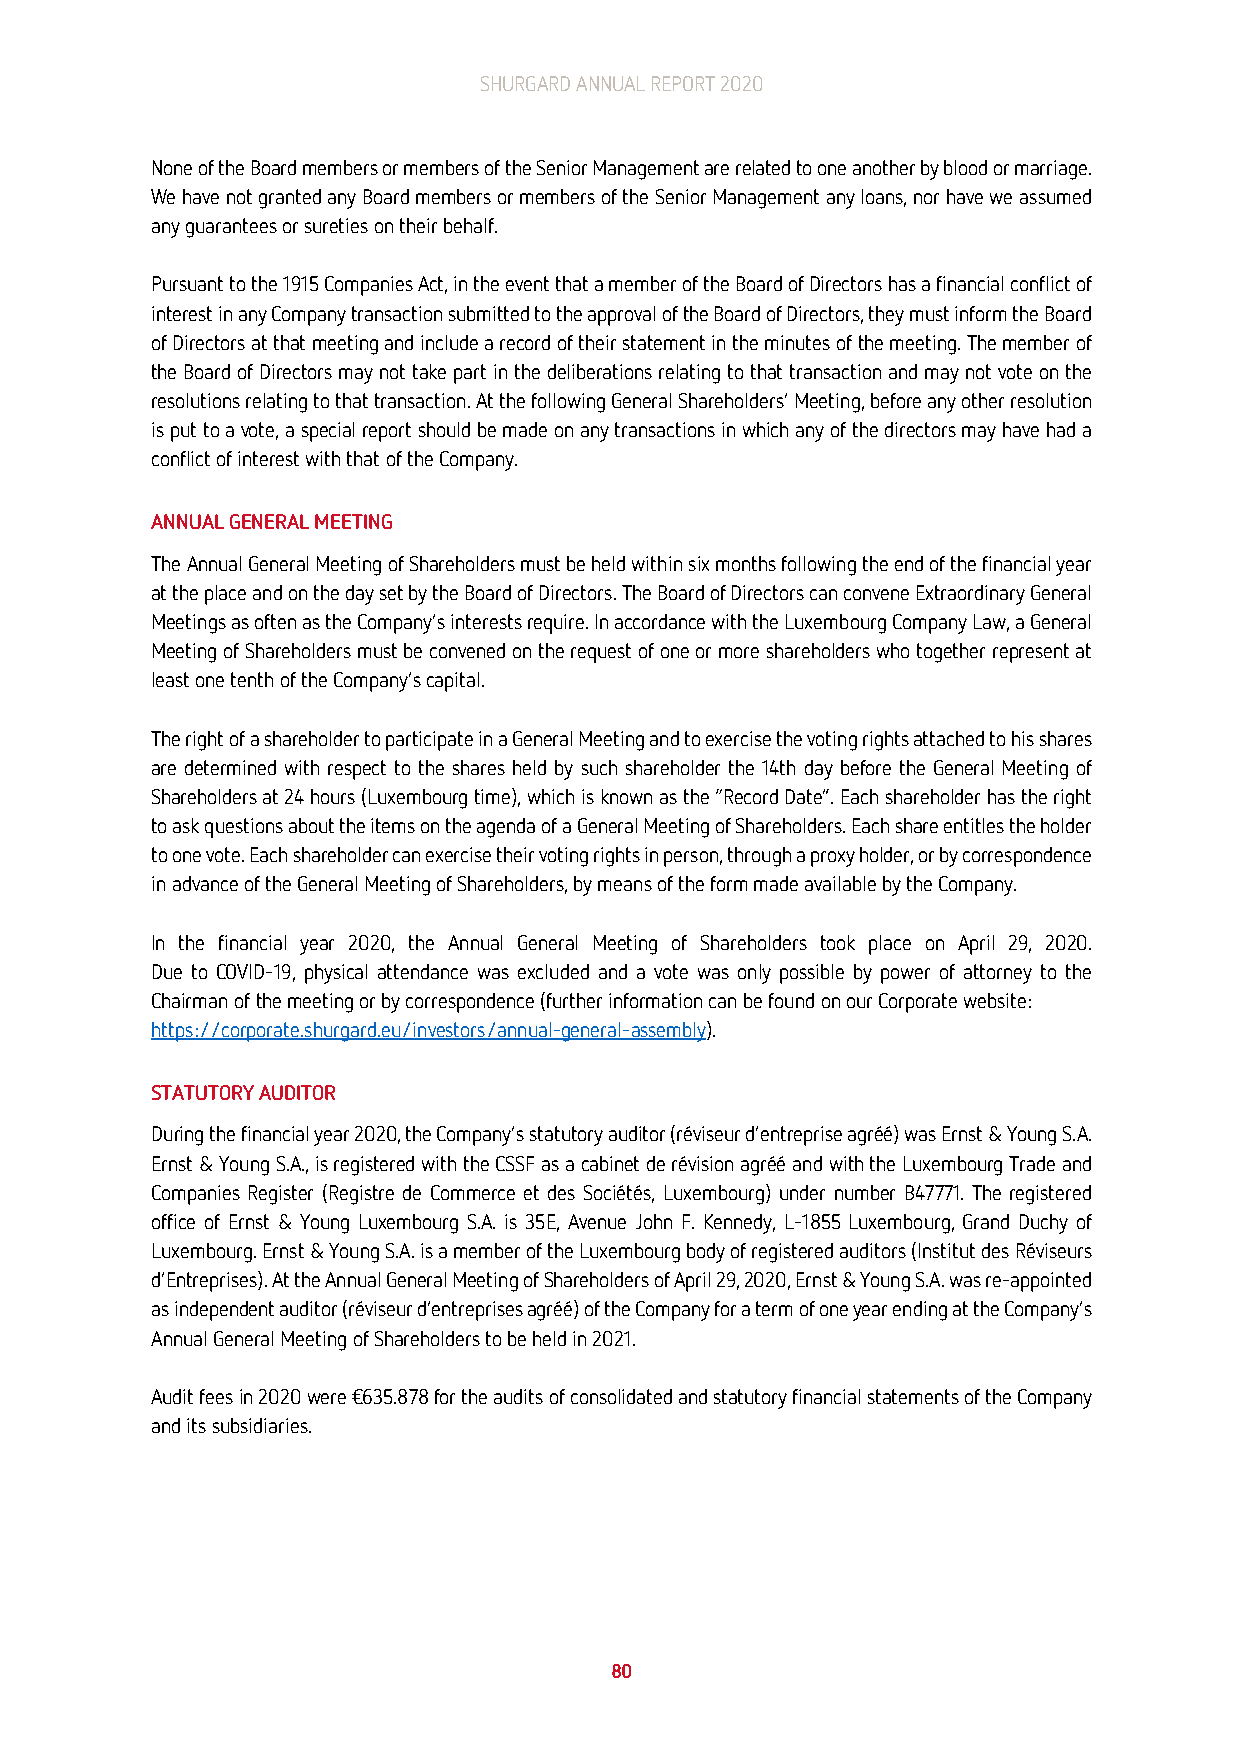
SHURGARD ANNUAL REPORT 2020
 None of the Board members or members of the Senior Management are related to one another by blood or marriage.
 We have not granted any Board members or members of the Senior Management any loans, nor have we assumed
 any guarantees or sureties on their behalf.
 Pursuant to the 1915 Companies Act, in the event that a member of the Board of Directors has a financial conflict of
 interest in any Company transaction submitted to the approval of the Board of Directors, they must inform the Board
 of Directors at that meeting and include a record of their statement in the minutes of the meeting. The member of
 the Board of Directors may not take part in the deliberations relating to that transaction and may not vote on the
 resolutions relating to that transaction. At the following General Shareholders’ Meeting, before any other resolution
 is put to a vote, a special report should be made on any transactions in which any of the directors may have had a
 conflict of interest with that of the Company.
 ANNUAL GENERAL MEETING
 The Annual General Meeting of Shareholders must be held within six months following the end of the financial year
 at the place and on the day set by the Board of Directors. The Board of Directors can convene Extraordinary General
 Meetings as often as the Company’s interests require. In accordance with the Luxembourg Company Law, a General
 Meeting of Shareholders must be convened on the request of one or more shareholders who together represent at
 least one tenth of the Company’s capital.
 The right of a shareholder to participate in a General Meeting and to exercise the voting rights attached to his shares
 are determined with respect to the shares held by such shareholder the 14th day before the General Meeting of
 Shareholders at 24 hours (Luxembourg time), which is known as the “Record Date”. Each shareholder has the right
 to ask questions about the items on the agenda of a General Meeting of Shareholders. Each share entitles the holder
 to one vote. Each shareholder can exercise their voting rights in person, through a proxy holder, or by correspondence
 in advance of the General Meeting of Shareholders, by means of the form made available by the Company.
 In the financial year 2020, the Annual General Meeting of Shareholders took place on April 29, 2020.
 Due to COVID-19, physical attendance was excluded and a vote was only possible by power of attorney to the
 Chairman of the meeting or by correspondence (further information can be found on our Corporate website:
 https://corporate.shurgard.eu/investors/annual-general-assembly).
 STATUTORY AUDITOR
 During the financial year 2020, the Company’s statutory auditor (réviseur d’entreprise agréé) was Ernst & Young S.A.
 Ernst & Young S.A., is registered with the CSSF as a cabinet de révision agréé and with the Luxembourg Trade and
 Companies Register (Registre de Commerce et des Sociétés, Luxembourg) under number B47771. The registered
 office of Ernst & Young Luxembourg S.A. is 35E, Avenue John F. Kennedy, L-1855 Luxembourg, Grand Duchy of
 Luxembourg. Ernst & Young S.A. is a member of the Luxembourg body of registered auditors (Institut des Réviseurs
 d’Entreprises). At the Annual General Meeting of Shareholders of April 29, 2020, Ernst & Young S.A. was re-appointed
 as independent auditor (réviseur d’entreprises agréé) of the Company for a term of one year ending at the Company’s
 Annual General Meeting of Shareholders to be held in 2021.
 Audit fees in 2020 were €635.878 for the audits of consolidated and statutory financial statements of the Company
 and its subsidiaries.
 80